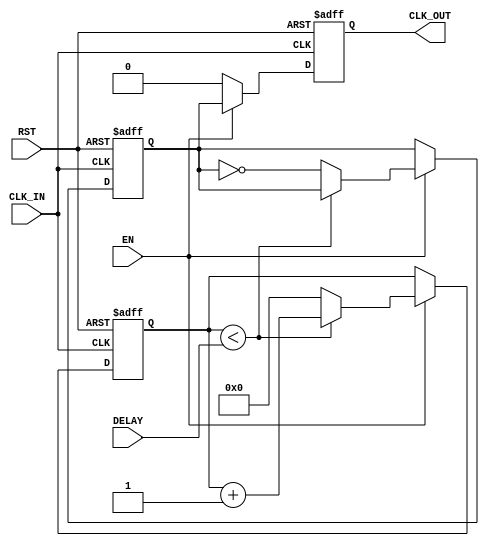
module DelayClockBuffer (
    input wire CLK_IN,      // Input clock signal
    input wire EN,         // Enable signal
    input wire RST,        // Asynchronous reset signal
    input wire [3:0] DELAY, // Configurable delay parameter (4-bit for example)
    output reg CLK_OUT      // Output clock signal
);

    // Internal signal for delayed clock
    reg [3:0] delay_counter; // Counter for delay
    reg clk_delayed;         // Delayed clock signal

    // Asynchronous reset and enable logic
    always @(posedge CLK_IN or posedge RST) begin
        if (RST) begin
            delay_counter <= 4'b0000; // Reset counter
            clk_delayed <= 1'b0;       // Reset delayed clock
        end else if (EN) begin
            // Increment the delay counter based on the configured delay
            if (delay_counter < DELAY) begin
                delay_counter <= delay_counter + 1;
            end else begin
                clk_delayed <= ~clk_delayed; // Toggle delayed clock
                delay_counter <= 4'b0000;     // Reset counter after delay
            end
        end
    end

    // Output clock assignment
    always @(posedge CLK_IN or posedge RST) begin
        if (RST) begin
            CLK_OUT <= 1'b0; // Reset output clock
        end else if (EN) begin
            CLK_OUT <= clk_delayed; // Assign delayed clock to output
        end else begin
            CLK_OUT <= 1'b0; // If not enabled, output is low
        end
    end

endmodule